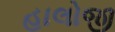
હાલોજી